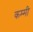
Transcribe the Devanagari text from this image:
कम्मी